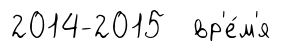
2014-2015 вр'е́м'я